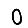
Digit: 0